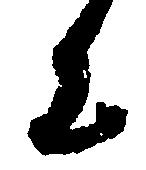
に